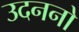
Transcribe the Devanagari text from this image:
उदननो